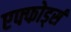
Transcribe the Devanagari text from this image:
एफ्फोर्ड्स